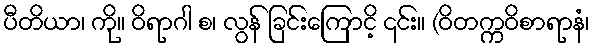
ပီတိယာ၊ ကို။ ဝိရာဂါ စ၊ လွန် ခြင်းကြောငိ့ ၎င်း။ (ဝိတက္ကဝိစာရာနံ၊